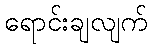
ရောင်းချလျက်